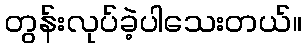
တွန်းလုပ်ခဲ့ပါသေးတယ်။